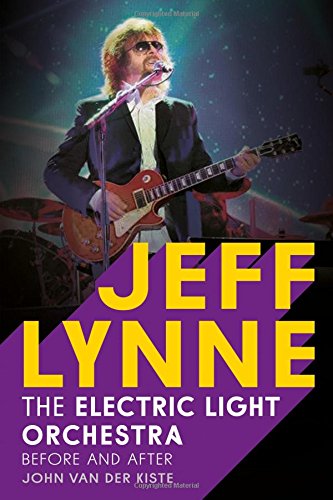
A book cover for Jeff Lynne: Electric Light Orchestra: Before and After; John Van der Kiste; Humor & Entertainment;